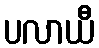
ပလာယီ